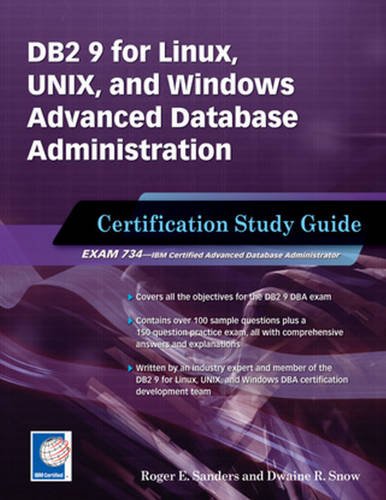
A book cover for DB2 9 for Linux, UNIX, and Windows Advanced Database Administration Certification: Certification Study Guide; Roger E. Sanders; Computers & Technology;